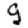
Digit: 9